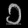
Digit: ၁